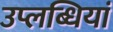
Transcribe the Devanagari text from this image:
उप्लब्धियां